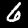
Label: 6